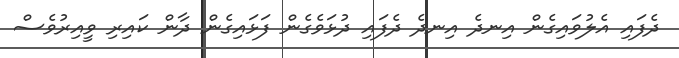
ދެފައި އެލުވައިގެން އިނދެ އިނދެ ދެފައި ދުޅަވެގެން ފަޅައިގެން ދާން ކައިރި ވީއިރުވެސް